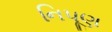
નિપૂણ